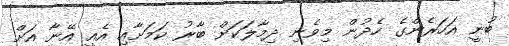
ބުނީ އަހަރެންގެ ހެދުން މިވެނި ދިމާލަކަށް ބާރު ކަމަށާއި އެއީ އޭނާ އަށް